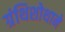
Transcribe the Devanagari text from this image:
ग्रंथिशोथाने